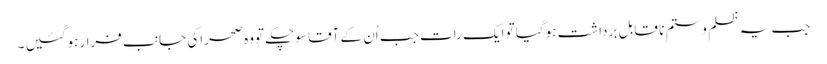
جب یہ ظلم وستم نا قابل برداشت ہوگیا تو ایک رات جب اُن کے آقا سوچکے تووہ صحراکی جانب فرارہوگئیں ۔